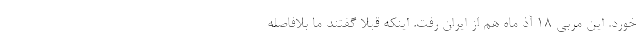
خورد. این مربی 18 آذ ماه هم از ایران رفت. اینکه قبلا گفتند ما بلافاصله